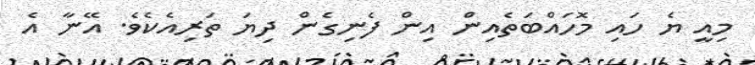
މިއީ ޔެ ހައި މޮހައްބަތެއިން އިން ފެނިގެން ދިޔަ ތަރިއެކެވެ. އޭނާ އެ